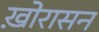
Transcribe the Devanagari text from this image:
ख़ोरासन